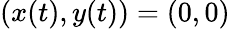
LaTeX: (x(t),y(t))=(0,0)